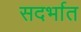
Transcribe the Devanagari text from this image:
सदर्भात